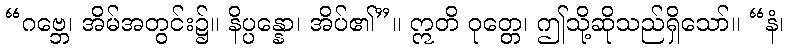
“ဂဗ္ဘေ၊ အိမ်အတွင်း၌။ နိပ္ပန္နော၊ အိပ်၏”။ ဣတိ ဝုတ္တေ၊ ဤသို့ဆိုသည်ရှိသော်။ “နံ၊